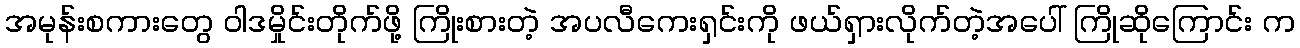
အမုန်းစကားတွေ ဝါဒမှိုင်းတိုက်ဖို့ ကြိုးစားတဲ့ အပလီကေးရှင်းကို ဖယ်ရှားလိုက်တဲ့အပေါ် ကြိုဆိုကြောင်း က